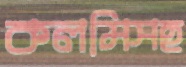
কলমিসহ